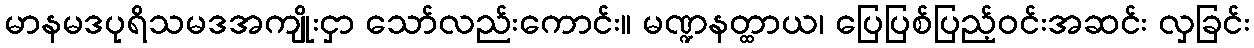
မာနမဒပုရိသမဒအကျိုးငှာ သော်လည်းကောင်း။ မဏ္ဍနတ္ထာယ၊ ပြေပြစ်ပြည့်ဝင်းအဆင်း လှခြင်း